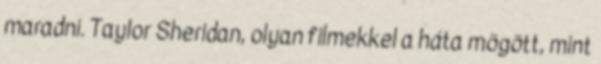
maradni. Taylor Sheridan, olyan filmekkel a háta mögött, mint